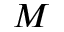
M